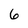
Character: 6